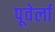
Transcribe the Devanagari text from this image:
पूवेर्ला